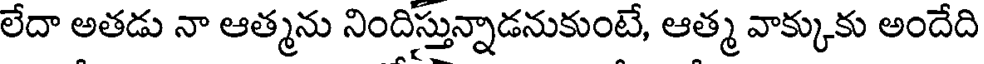
లేదా అతడు నా ఆత్మను నిందిస్తున్నాడనుకుంటే, ఆత్మ వాక్కుకు అందేది